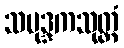
သမုဒ္ဒကသုတ္တံ